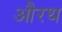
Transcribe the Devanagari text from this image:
औरथ